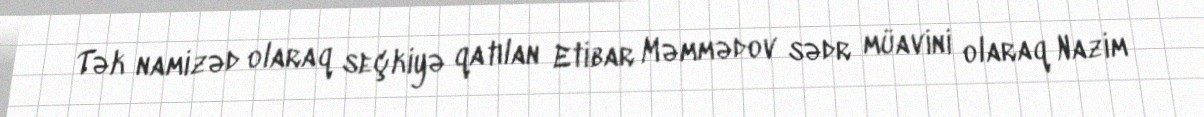
Tək namizəd olaraq seçkiyə qatılan Etibar Məmmədov sədr müavini olaraq Nazim